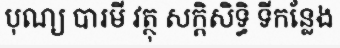
បុណ្យ បារមី វត្ថុ សក្តិសិទ្ធិ ទីកន្លែង